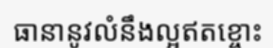
ធានានូវលំនឹងល្អឥតខ្ចោះ